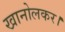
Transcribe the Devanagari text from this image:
खानोलकर।